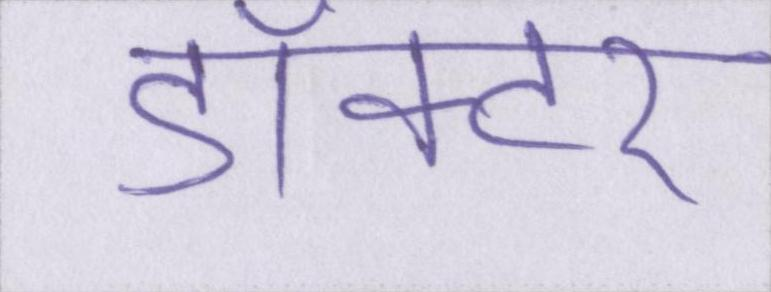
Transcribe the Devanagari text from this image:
डॉक्टर